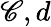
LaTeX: \mathscr{C},d